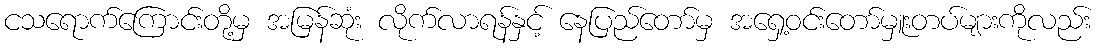
ငသရောက်ကြောင်းတို့မှ အမြန်ဆုံး လိုက်လာရန်နှင့် နေပြည်တော်မှ အရှေ့ဝင်းတော်မှူးတပ်များကိုလည်း